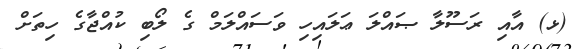
(ޅ) އާއި ރަސޫލާ ޞައްލަ ޢަލައިހި ވަސައްލަމް ގެ ލޯބި ކުއްޖާގެ ހިތަށް